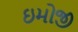
ઇમોજી